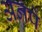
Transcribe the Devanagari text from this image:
अनपे